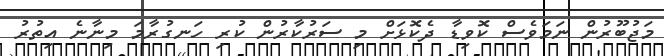
މަޖުބޫރުން ނަމަވެސް ކޮވިޑާ ދެކޮޅަށް މި ސަރުކާރުން ކުރި ހަނގުރާމަ މިނާނެ އިތުރު